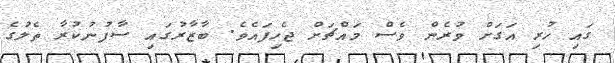
ގައި ހުރި އަގަށް ވުރެން ވެސް މައްޗަށް ޖެހިފައެވެ. ބާޒާރުގައި ސާފުނުކުރާ ތެލުގެ